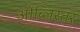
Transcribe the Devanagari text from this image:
ओब्लिस्तर